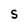
Character: S